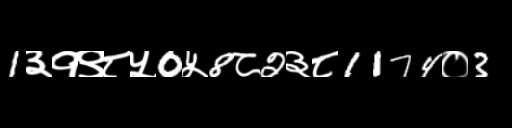
Text: 1३१९८५0५8८2३८1174०3